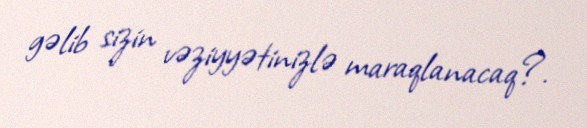
gəlib sizin vəziyyətinizlə maraqlanacaq?.